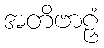
အတိဗာဠှံ